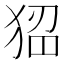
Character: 𤟁